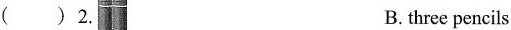
()2.| B. three pencils